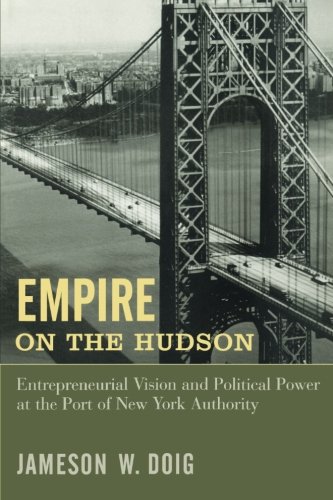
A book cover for Empire on the Hudson; Jameson W. Doig; Engineering & Transportation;